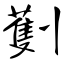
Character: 劐